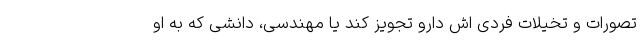
تصورات و تخیلات فردی اش دارو تجویز کند یا مهندسی، دانشی که به او